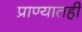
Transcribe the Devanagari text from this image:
प्राण्यातही